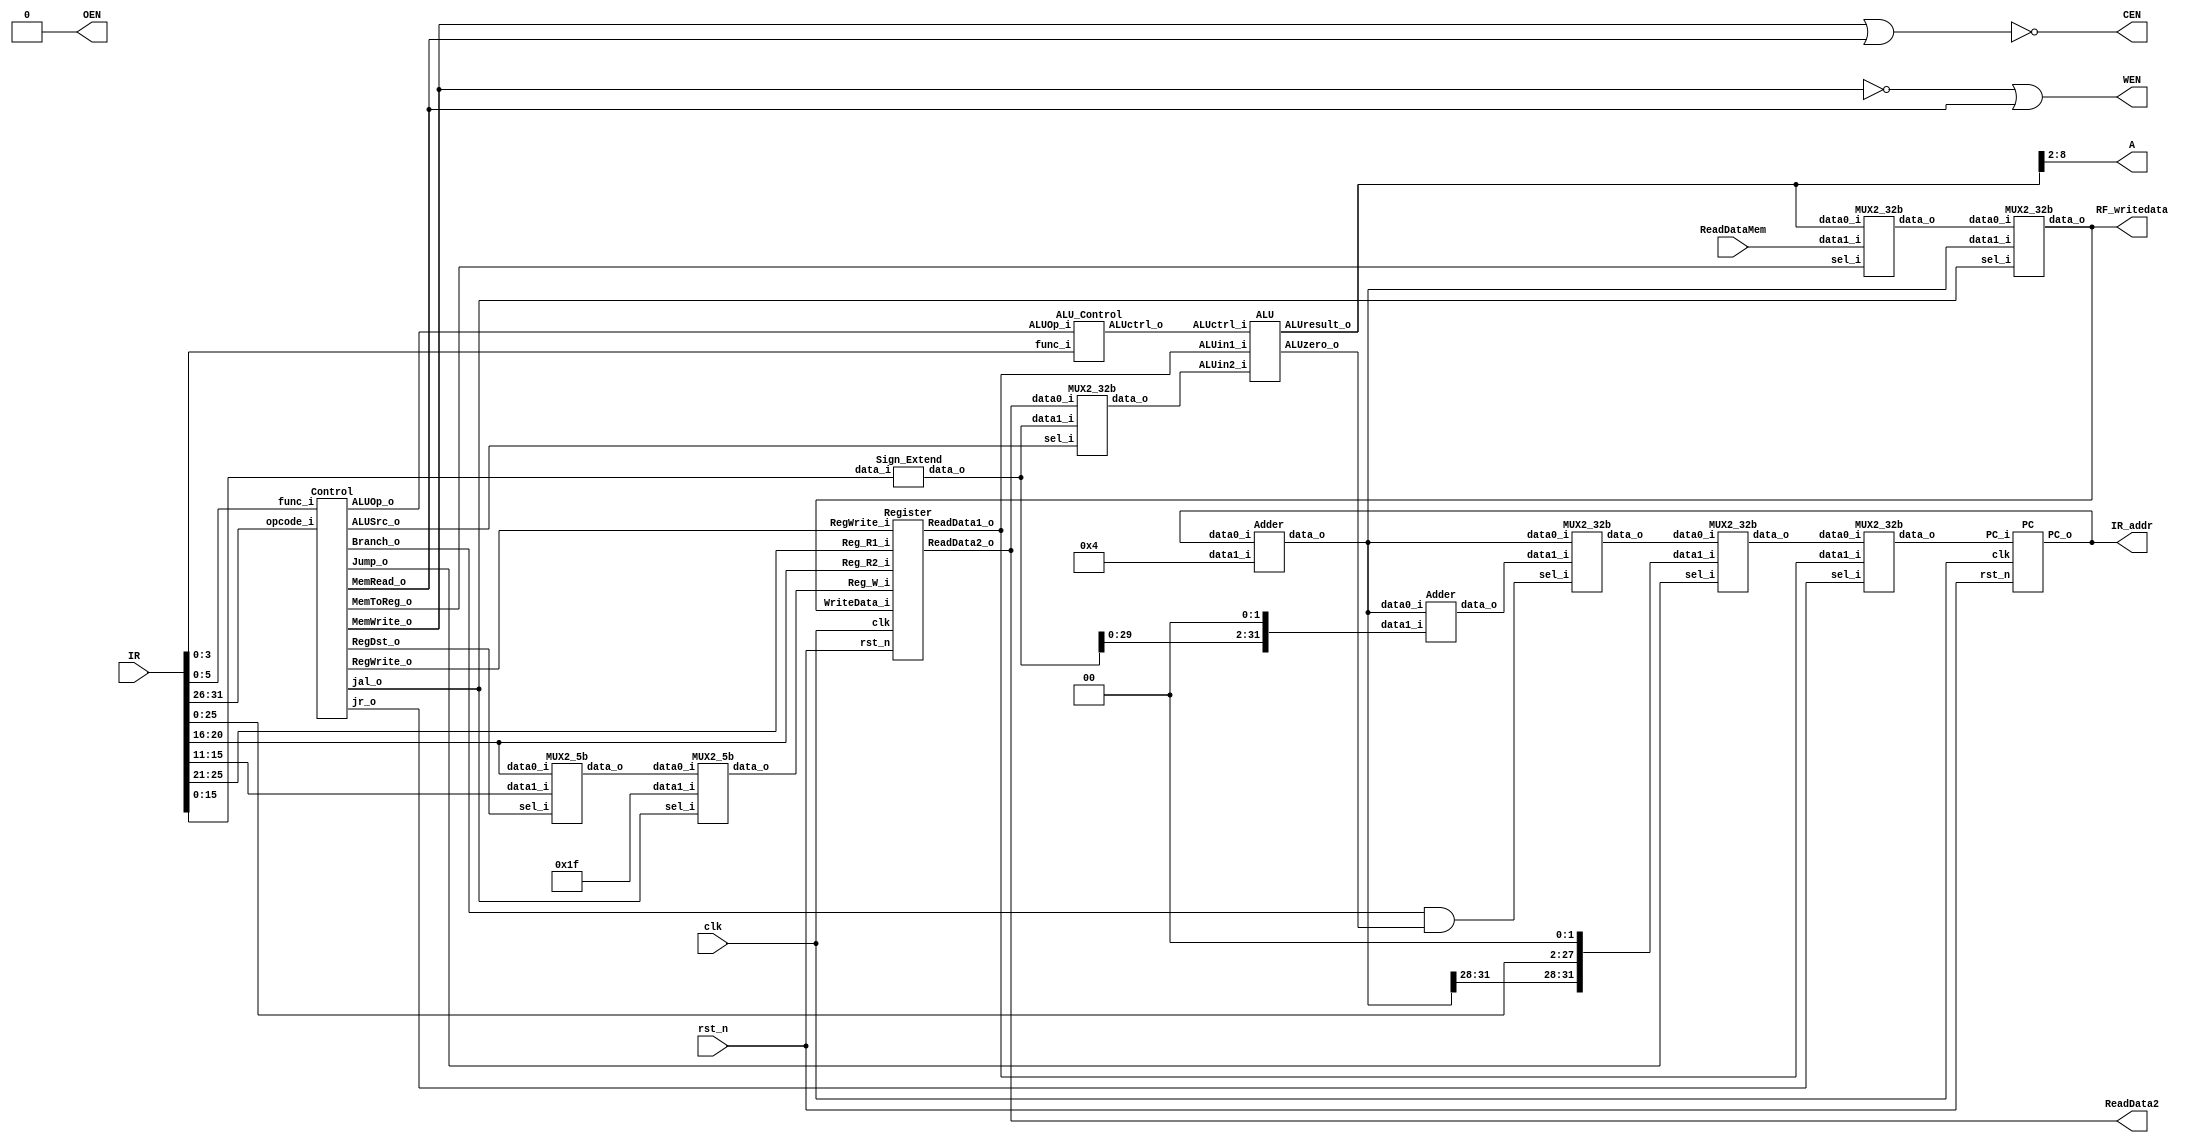
// Single Cycle MIPS
//=========================================================
// Input/Output Signals:
// positive-edge triggered         clk
// active low asynchronous reset   rst_n
// instruction memory interface    IR_addr, IR
// output for testing purposes     RF_writedata  
//=========================================================
// Wire/Reg Specifications:
// control signals             MemToReg, MemRead, MemWrite, 
//                             RegDst, RegWrite, Branch, 
//                             Jump, ALUSrc, ALUOp
// ALU control signals         ALUctrl_i
// ALU input signals           ALUin1_i, ALUin2_i
// ALU output signals          ALUresult_o, ALUzero
// instruction specifications  r, j, jal, jr, lw, sw, beq
// sign-extended signal        SignExtend
// MUX output signals          MUX_RegDST, MUX_MemToReg, 
//                             MUX_Src, MUX_Branch, MUX_Jump
// registers input signals     Reg_R1, Reg_R2, Reg_W, WriteData 
// registers                   Register
// registers output signals    ReadData1, ReadData2
// data memory contral signals CEN, OEN, WEN
// data memory output signals  ReadDataMem
// program counter/address     PCin, PCnext, JumpAddr, BranchAddr
//=========================================================

module SingleCycle_MIPS( 
    clk,
    rst_n,
    IR_addr,
    IR,
    RF_writedata,
    ReadDataMem,
    CEN,
    WEN,
    A,
    ReadData2,
    OEN
);

//==== in/out declaration =================================
    //-------- processor ----------------------------------
    input         clk, rst_n;
    input  [31:0] IR;
    output [31:0] IR_addr, RF_writedata;
    //-------- data memory --------------------------------
    input  [31:0] ReadDataMem;  // read_data from memory
    output        CEN;  // chip_enable, 0 when you read/write data from/to memory
    output        WEN;  // write_enable, 0 when you write data into SRAM & 1 when you read data from SRAM
    output  [6:0] A;  // address
    output [31:0] ReadData2;  // write_data to memory
    output        OEN;  // output_enable, 0

//==== reg/wire declaration ===============================

	//the wire for PC
	wire [31:0] PC_i;
	wire [31:0] PC_nxt;
	wire [31:0] PC_o;
	wire [31:0] PC_add4;
	wire [31:0] jump_addr;
	//the wire for control
	wire		RegDst;
	wire		Jump;
	wire		Branch;
	wire		MemRead;
	wire		MemToReg;
	wire [ 1:0]	ALUOp;
	wire		MemWrite;
	wire		ALUSrc;
	wire		RegWrite;
	wire		jal;
	wire		jr;
	//the wire for register
	wire [ 4:0] pre_Reg_W;
	wire [ 4:0] Reg_R1;
	wire [ 4:0] Reg_R2;
	wire [ 4:0] Reg_W;	
	wire [31:0] WriteData;
	wire [31:0] ReadData1;
	// wire [31:0] ReadData2; already is an output
	wire [31:0] IR_extend;
	//the wire for ALU
	wire [ 2:0] ALUctrl;
	wire [31:0] ALUin1;
	wire [31:0] ALUin2;
	wire [31:0] ALUresult;
	wire        ALUzero;
	
	wire [31:0] BranchAddr;
	wire [31:0] MUX_Branch_o;
	wire [31:0] MUX_Jump_o;
	wire [31:0] MUX_MemToReg_o;
	
//==== module connection ==================================

	assign PC_i = PC_nxt ;

	PC PC (
	.PC_i(PC_i),
	.PC_o(IR_addr),
	.clk(clk),
	.rst_n(rst_n)
	);
	
	Control Control (
	.opcode_i(IR[31:26]),
	.func_i(IR[5:0]),
	.RegDst_o(RegDst),
	.Jump_o(Jump),
	.Branch_o(Branch),
	.MemRead_o(MemRead),
	.MemToReg_o(MemToReg),
	.ALUOp_o(ALUOp),
	.MemWrite_o(MemWrite),
	.ALUSrc_o(ALUSrc),
	.RegWrite_o(RegWrite),
	.jal_o(jal),
	.jr_o(jr)
	);
	
	MUX2_5b MUX_RegDST (
	.data0_i(IR[20:16]),
	.data1_i(IR[15:11]),
	.sel_i(RegDst),
	.data_o(pre_Reg_W)
	);
	
	MUX2_5b MUX_jal0 (
	.data0_i(pre_Reg_W),
	.data1_i(5'd31),
	.sel_i(jal),
	.data_o(Reg_W)
	);
	
	assign Reg_R1 = IR[25:21] ;
	assign Reg_R2 = IR[20:16] ;
	Register Register (
	.Reg_R1_i(Reg_R1),
	.Reg_R2_i(Reg_R2),
	.Reg_W_i(Reg_W),
	.RegWrite_i(RegWrite),
	.WriteData_i(WriteData),
	.ReadData1_o(ReadData1),
	.ReadData2_o(ReadData2),
	.clk(clk),
	.rst_n(rst_n)
	);
	
	assign RF_writedata = WriteData ;
	
	Sign_Extend Sign_Extend (
	.data_i(IR[15:0]),
	.data_o(IR_extend)
	);
	
	MUX2_32b MUX_Src (
	.data0_i(ReadData2),
	.data1_i(IR_extend),
	.sel_i(ALUSrc),
	.data_o(ALUin2)
	);
	
	ALU_Control ALU_Control (
	.func_i(IR[3:0]),
	.ALUOp_i(ALUOp),
	.ALUctrl_o(ALUctrl)
	);
	
	assign ALUin1 = ReadData1 ;
	
	ALU ALU (
	.ALUin1_i(ALUin1),
	.ALUin2_i(ALUin2),
	.ALUctrl_i(ALUctrl),
	.ALUresult_o(ALUresult),
	.ALUzero_o(ALUzero)
	);
	
	assign A = ALUresult[8:2] ;
	
	//adder for PC+4
	Adder Adder0 (
	.data0_i(IR_addr),
	.data1_i(32'b100),
	.data_o(PC_add4)
	);
	
	assign jump_addr = {PC_add4[31:28],IR[25:0],2'b00} ;
	
	Adder Adder1 (
	.data0_i(PC_add4),
	.data1_i({IR_extend[29:0],2'b00}),
	.data_o(BranchAddr)
	);	

	MUX2_32b MUX_Branch (
	.data0_i(PC_add4),
	.data1_i(BranchAddr),
	.sel_i((Branch & ALUzero)),
	.data_o(MUX_Branch_o)
	);	

	MUX2_32b MUX_Jump (
	.data0_i(MUX_Branch_o),
	.data1_i(jump_addr),
	.sel_i(Jump),
	.data_o(MUX_Jump_o)
	);		
	
	MUX2_32b MUX_jr (
	.data0_i(MUX_Jump_o),
	.data1_i(ReadData1),
	.sel_i(jr),
	.data_o(PC_nxt)
	);	
	 
	MUX2_32b MUX_MemToReg (
	.data0_i(ALUresult),
	.data1_i(ReadDataMem),
	.sel_i(MemToReg),
	.data_o(MUX_MemToReg_o)
	);	
	
	MUX2_32b MUX_jal1 (
	.data0_i(MUX_MemToReg_o),
	.data1_i(PC_add4),
	.sel_i(jal),
	.data_o(WriteData)
	);	
	
	assign CEN = ~(MemWrite | MemRead) ;
	assign WEN = ~MemWrite | MemRead ;
	assign OEN = 0 ;

//==== combinational part =================================


//==== sequential part ====================================


//=========================================================
endmodule

// Control
module Control (
	opcode_i,
	func_i,	
	RegDst_o,
	Jump_o,
	Branch_o,
	MemRead_o,
	MemToReg_o,
	ALUOp_o,
	MemWrite_o,
	ALUSrc_o,
	RegWrite_o,
	jal_o,
	jr_o
);

	input  [5:0] opcode_i;
	input  [5:0] func_i;
	output 	     RegDst_o;
	output 		 Jump_o;
	output		 Branch_o;
	output		 MemRead_o;
	output		 MemToReg_o;
	output [1:0] ALUOp_o;
	output		 MemWrite_o;
	output 		 ALUSrc_o;
	output 		 RegWrite_o;
	output		 jal_o;
	output		 jr_o;
	
	wire r,lw,sw,beq,jump,jal,jr;
	
	assign r    = ( opcode_i == 6'b000000 ) ? 1'b1 : 1'b0 ;
	assign lw   = ( opcode_i == 6'b100011 ) ? 1'b1 : 1'b0 ;
	assign sw   = ( opcode_i == 6'b101011 ) ? 1'b1 : 1'b0 ;
	assign beq  = ( opcode_i == 6'b000100 ) ? 1'b1 : 1'b0 ;
	assign jump = ( opcode_i == 6'b000010 ) ? 1'b1 : 1'b0 ;
	assign jal  = ( opcode_i == 6'b000011 ) ? 1'b1 : 1'b0 ;
	assign jr   = ( (opcode_i == 6'b000000) && (func_i == 6'b001000) ) ? 1'b1 : 1'b0 ;
	
	assign RegDst_o   = r ;
	assign Jump_o 	  = jump | jal ;
	assign Branch_o   = beq ;
    assign MemRead_o  = lw ;
	assign MemToReg_o = lw ;
	assign ALUOp_o	  = { r , beq } ;
	assign MemWrite_o = sw ;
	assign ALUSrc_o   = lw | sw ;
	assign RegWrite_o = r | lw | jal ;
	assign jal_o 	  = jal ;
	assign jr_o	      = jr ;	

endmodule

// Register
module Register (
	Reg_R1_i,
	Reg_R2_i,
	Reg_W_i,
	RegWrite_i,
	WriteData_i,
	ReadData1_o,
	ReadData2_o,
	clk,
	rst_n
);

	input		  clk; // this clk is for writing data into reg
	input 	      rst_n;
	input		  RegWrite_i;
	input  [ 4:0] Reg_R1_i;
	input  [ 4:0] Reg_R2_i;
	input  [ 4:0] Reg_W_i;
	input  [31:0] WriteData_i;
	output [31:0] ReadData1_o;
	output [31:0] ReadData2_o;
	
	reg [31:0] register [0:31] ; //32 32bits registers
	integer i ; // use for 'for' loop
	
	assign ReadData1_o = register[Reg_R1_i] ;
	assign ReadData2_o = register[Reg_R2_i] ;
	
	//Writing data 
	always @(posedge clk or negedge rst_n) begin
	
		if (~rst_n) begin
			for ( i = 0 ; i < 32 ; i = i + 1) begin
				register[i] <= 32'b0 ;
			end	
		end 
		
		else 
		if (RegWrite_i) begin // avoid latch
			for ( i = 0 ; i < 32 ; i = i + 1) begin
				if ( i ==  Reg_W_i)
					register[Reg_W_i] <= WriteData_i ;
				else
					register[i] <= register[i] ;
			end			
			
		end
			
		else begin
			for ( i = 0 ; i < 32 ; i = i + 1)
				register[i] <= register[i] ;
		end	
		
	end	

endmodule

//Program Counter
module PC (
	PC_i,
	PC_o,
	clk,
	rst_n
);

	input		  	  clk;
	input			  rst_n;	
	input  	   [31:0] PC_i;
	output reg [31:0] PC_o;
	
	always @ (posedge clk or negedge rst_n) begin
		if(~rst_n)
			PC_o <= 32'b0 ;
		else
			PC_o <= PC_i;	
	end
	
endmodule

// ALU
module ALU (
	ALUin1_i,
	ALUin2_i,
	ALUctrl_i,
	ALUresult_o,
	ALUzero_o
);

	input signed [31:0] ALUin1_i;
	input signed [31:0] ALUin2_i;
	input 		 [ 2:0] ALUctrl_i;
	
	output reg signed [31:0] ALUresult_o;
	output 		  			 ALUzero_o;
	
	assign ALUzero_o = (ALUin1_i == ALUin2_i) ? 1'b1 : 1'b0 ;
	
	always @(*) begin
		case(ALUctrl_i)
			3'b000 : ALUresult_o = ALUin1_i & ALUin2_i ; //AND
			3'b001 : ALUresult_o = ALUin1_i | ALUin2_i ; //OR
			3'b010 : ALUresult_o = ALUin1_i + ALUin2_i ; //add
			3'b110 : ALUresult_o = ALUin1_i - ALUin2_i ; //subtract
			3'b111 : ALUresult_o = (ALUin1_i < ALUin2_i) ? 32'b1 : 32'b0 ; //set on less than
			default : ALUresult_o = 32'b0;
		endcase
	end 

endmodule

//ALU Control for ALU
module ALU_Control (
	func_i,
	ALUOp_i,
	ALUctrl_o
);

	input  [3:0] func_i;
	input  [1:0] ALUOp_i;	
	output [2:0] ALUctrl_o;
	
	assign ALUctrl_o =
	( ALUOp_i == 2'b10 ) ? //op-code for r-type
		(	( func_i == 4'b0000) ? 3'b010 : //add
			( func_i == 4'b0010) ? 3'b110 : //sub
			( func_i == 4'b0100) ? 3'b000 : //and
			( func_i == 4'b0101) ? 3'b001 : //or
			( func_i == 4'b1010) ? 3'b111 : 3'b000 // slt and deault=0
		) :
	( ALUOp_i == 2'b01 ) ? 3'b110 : //op-code for branch
	( ALUOp_i == 2'b00 ) ? 3'b010 : 3'b000; //op-code for lw sw

endmodule

// Adder
module Adder (
	data0_i,
	data1_i,
	data_o
);

	input  [31:0] data0_i;
	input  [31:0] data1_i;
	output [31:0] data_o;
	
	assign data_o = data0_i + data1_i ;
	
endmodule

// extend 16-bits to 32-bits
module Sign_Extend (
	data_i,
	data_o
);

	input  [15:0] data_i;
	output [31:0] data_o;
	
	assign data_o = { {16{data_i[15]}} , data_i } ;
	
endmodule

// 2-to-1 MUX for  whose input is 5-bits
module MUX2_5b (
	data0_i,
	data1_i,
	sel_i,
	data_o
);

	input  [4:0] data0_i;
	input  [4:0] data1_i;
	input		 sel_i;	
	output [4:0] data_o;
	
	assign data_o = sel_i ? data1_i : data0_i;
	
endmodule

// 2-to-1 MUX for Branch, Jump, Control, MemToReg whose input is 32-bits
module MUX2_32b (
	data0_i,
	data1_i,
	sel_i,
	data_o
);

	input  [31:0] data0_i;
	input  [31:0] data1_i;
	input	      sel_i;	
	output [31:0] data_o;
	
	assign data_o = sel_i ? data1_i : data0_i;
	
endmodule